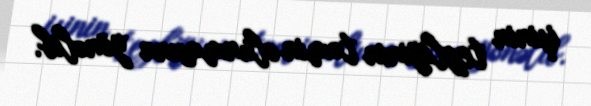
işinin tezliyinin təmin olunmasına yönəlib.